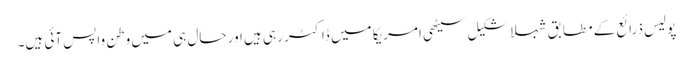
پولیس ذرائع کے مطابق شہلا شکیل سیٹھی امریکا میں ڈاکٹر رہی ہیں اور حال ہی میں وطن واپس آئی ہیں۔